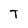
Character: T